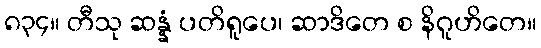
၈၃၄။ တီသု ဆန္နံ ပတိရူပေ၊ ဆာဒိတေ စ နိဂူဟိတေ။